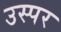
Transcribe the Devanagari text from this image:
उस्पर